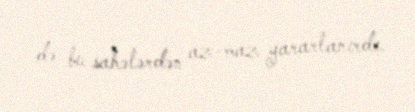
də bu sahələrdən az-maz yararlanırdı.